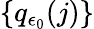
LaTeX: \{ q_{\epsilon_{0}}(j)\}